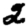
Digit: 2